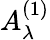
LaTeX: A_{\lambda}^{(1)}